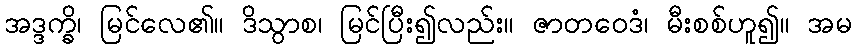
အဒ္ဒက္ခိ၊ မြင်လေ၏။ ဒိသွာစ၊ မြင်ပြီး၍လည်း။ ဇာတဝေဒံ၊ မီးစစ်ဟူ၍။ အမ